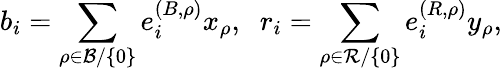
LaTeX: b_{i}=\sum_{\rho\in{\cal B}/\{ 0\} }e_{i}^{(B,\rho)}x_{\rho},\; \; r_{i}=\sum_{\rho\in{\cal R}/\{ 0\} }e_{i}^{(R,\rho)}y_{\rho},